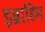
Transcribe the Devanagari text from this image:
इब्राहिम